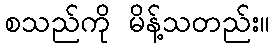
စသည်ကို မိန့်သတည်း။